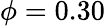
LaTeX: \phi=0.30